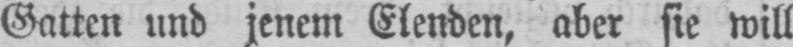
Gatten und jenem Elenden, aber sie will